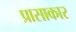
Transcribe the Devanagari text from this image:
प्रासाकार